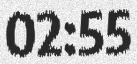
02:55